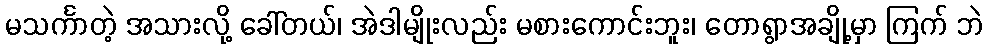
မသင်္ကာတဲ့ အသားလို့ ခေါ်တယ်၊ အဲဒါမျိုးလည်း မစားကောင်းဘူး၊ တောရွာအချို့မှာ ကြက် ဘဲ